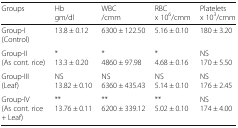
<table><thead><tr><td><b>Groups</b></td><td><b>Hbgm/dl</b></td><td><b>WBC/cmm</b></td><td><b>RBCx 10<sup>6</sup>/cmm</b></td><td><b>Plateletsx 10<sup>3</sup>/cmm</b></td></tr></thead><tbody><tr><td>Group-I(Control)</td><td>13.8 ± 0.12</td><td>6300 ± 122.50</td><td>5.16 ± 0.10</td><td>180 ± 3.20</td></tr><tr><td>Group-II(As cont. rice)</td><td>*13.3 ± 0.20</td><td>*4860 ± 97.98</td><td>*4.68 ± 0.16</td><td>NS170 ± 5.50</td></tr><tr><td>Group-III(Leaf)</td><td>NS13.82 ± 0.10</td><td>NS6360 ± 435.43</td><td>NS5.14 ± 0.10</td><td>NS176 ± 2.45</td></tr><tr><td>Group-IV(As cont. rice + Leaf)</td><td>**13.76 ± 0.11</td><td>**6200 ± 339.12</td><td>**5.02 ± 0.10</td><td>NS174 ± 4.00</td></tr></tbody></table>